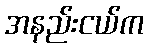
အနည်းငယ်က